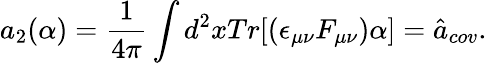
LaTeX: a_{2}(\alpha)=\frac{1}{4\pi}\int d^{2}xTr[(\epsilon_{\mu\nu}F_{\mu\nu})\alpha]=\hat{a}_{cov}.